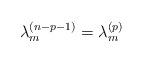
LaTeX: \begin{align*}\lambda_{m}^{(n-p-1)} = \lambda_{m}^{(p)}\end{align*}